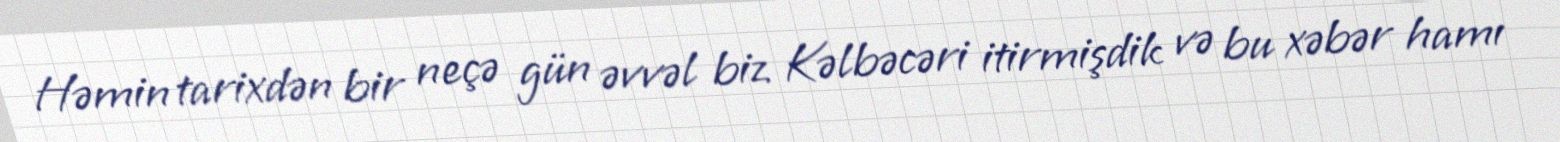
Həmin tarixdən bir neçə gün əvvəl biz Kəlbəcəri itirmişdik və bu xəbər hamı